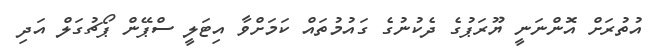
އުތުރަށް އޮންނަނީ ޔޫރަޕުގެ ދެކުނުގެ ގަައުމުތައް ކަމަށްވާ އިޓަލީ ސްޕޭން ޕޯޗުގަލް އަދި